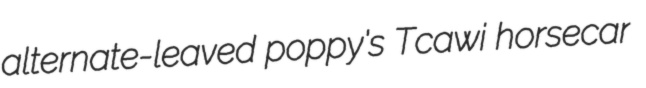
alternate-leaved poppy's Tcawi horsecar